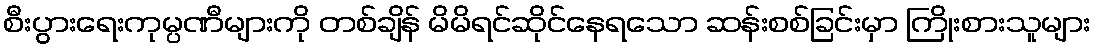
စီးပွားရေးကုမ္ပဏီများကို တစ်ချိန် မိမိရင်ဆိုင်နေရသော ဆန်းစစ်ခြင်းမှာ ကြိုးစားသူများ